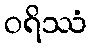
ဝရိဿံ